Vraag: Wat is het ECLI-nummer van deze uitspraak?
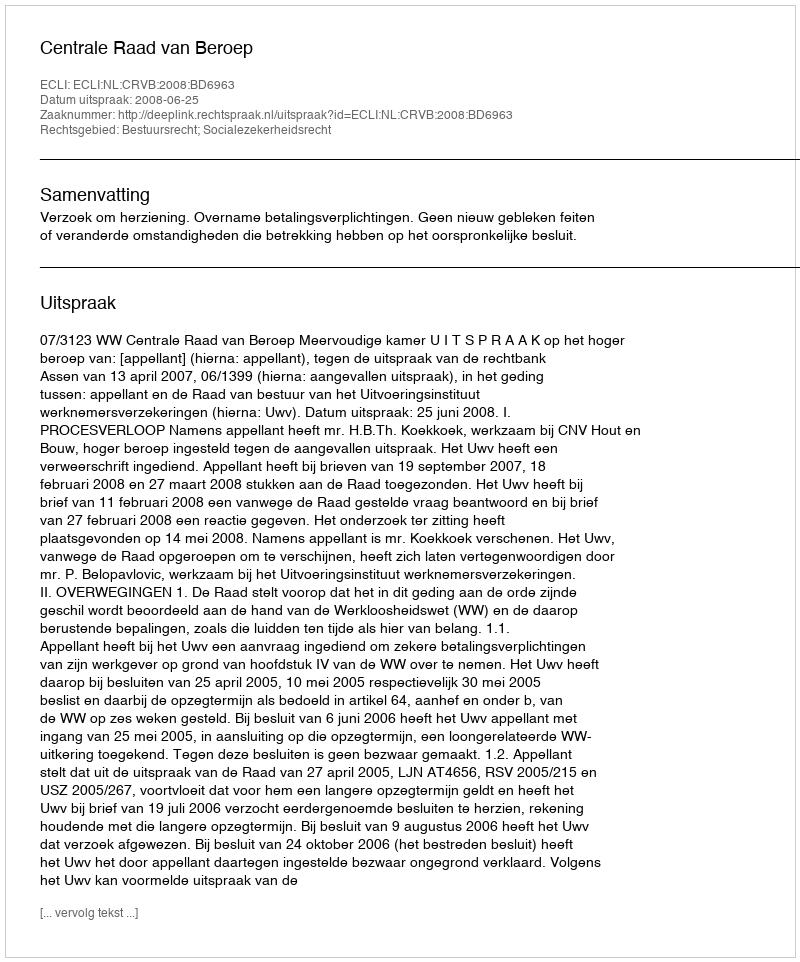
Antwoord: ECLI:NL:CRVB:2008:BD6963